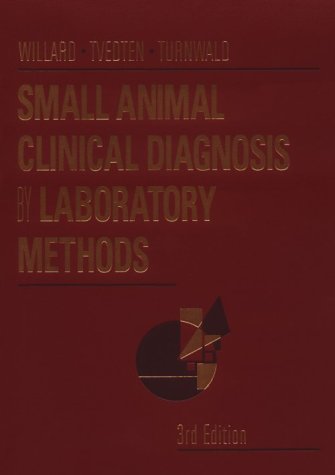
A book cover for Small Animal Clinical Diagnosis by Laboratory Methods, 3e; Michael D. Willard DVM  MS; Medical Books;